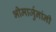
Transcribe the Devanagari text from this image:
भीमार्जुनांनी